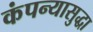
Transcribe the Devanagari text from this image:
कंपन्यासुद्धा